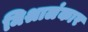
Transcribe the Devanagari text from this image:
मिश्रालंकार